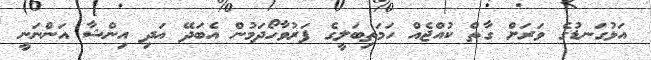
އަޅުގަނޑުގެ ވަރަށް ގާތް ކުއްޖެއް ހަމަތިބަލީގެ ފަރުވާހޯދަމުން އެބަދޭ އަދި އިންޝާ އަންނަނީ